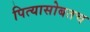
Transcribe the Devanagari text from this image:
पित्यासोबतच